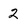
Character: 2